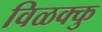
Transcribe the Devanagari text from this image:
विळक्कु